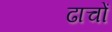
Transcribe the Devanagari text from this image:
ढाचों